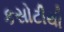
કસોટીથી